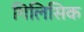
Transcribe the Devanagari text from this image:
गिलिसिक